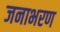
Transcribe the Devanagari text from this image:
जनाभरण